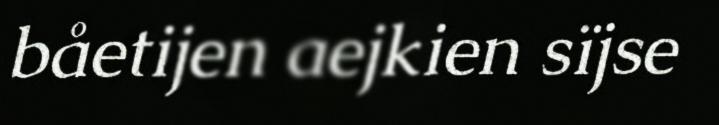
båetijen aejkien sïjse